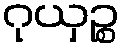
ဂုယှဉ္စ